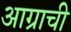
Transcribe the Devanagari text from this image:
आग्राची